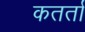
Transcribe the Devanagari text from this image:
कतर्ता